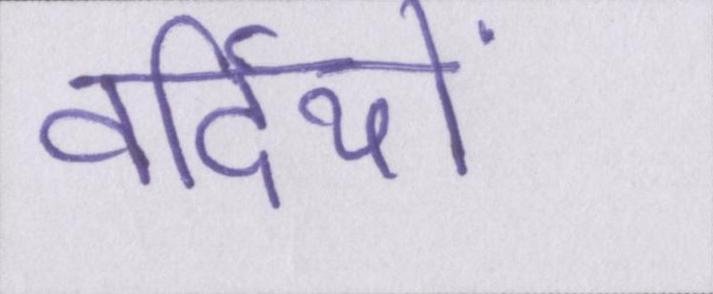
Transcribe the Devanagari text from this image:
वर्दियों